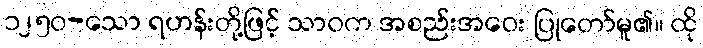
၁၂၅၀-သော ရဟန်းတို့ဖြင့် သာဝက အစည်းအဝေး ပြုတော်မူ၏။ ထို